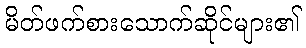
မိတ်ဖက်စားသောက်ဆိုင်များ၏